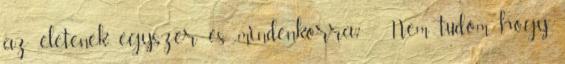
az életenek egyszer és mindenkorra? - Nem tudom, hogy